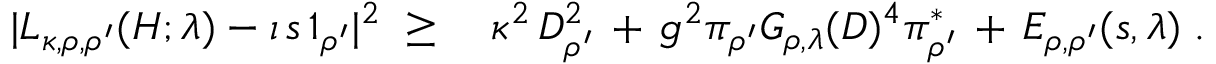
\begin{array} { r l } { | L _ { \kappa , \rho , \rho ^ { \prime } } ( H ; \lambda ) - \imath \, s \, 1 _ { \rho ^ { \prime } } | ^ { 2 } \; \geq \; } & { \kappa ^ { 2 } \, D _ { \rho ^ { \prime } } ^ { 2 } \, + \, g ^ { 2 } \pi _ { \rho ^ { \prime } } G _ { \rho , \lambda } ( D ) ^ { 4 } \pi _ { \rho ^ { \prime } } ^ { * } \, + \, E _ { \rho , \rho ^ { \prime } } ( s , \lambda ) \; . } \end{array}